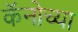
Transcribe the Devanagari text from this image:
कॅनोच्या